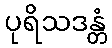
ပုရိသဒန္တံ